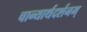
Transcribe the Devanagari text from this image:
चान्यार्थदर्शनम्